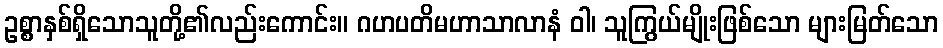
ဥစ္စာနှစ်ရှိသောသူတို့၏လည်းကောင်း။ ဂဟပတိမဟာသာလာနံ ဝါ၊ သူကြွယ်မျိုးဖြစ်သော များမြတ်သော